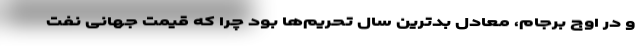
و در اوج برجام، معادل بدترین سال تحریم‌ها بود چرا که قیمت جهانی نفت